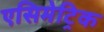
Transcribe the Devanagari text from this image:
एसिमेट्रिक